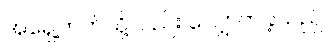
အရှေ့ဘက်သို့လည်း လျှောက်ခဲ့သည်။